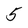
Character: 5